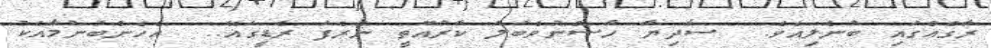
ރާގެއްގައި ބުނެލިއެވެ.  ސާދިޔާ ހާސްނުވެބަލަ ކާރުއޮތީ ނެރެފަ ރެޑީގައޭ..  އެހެންބުނުމާއެކު